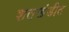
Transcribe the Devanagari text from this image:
शतखंडीत